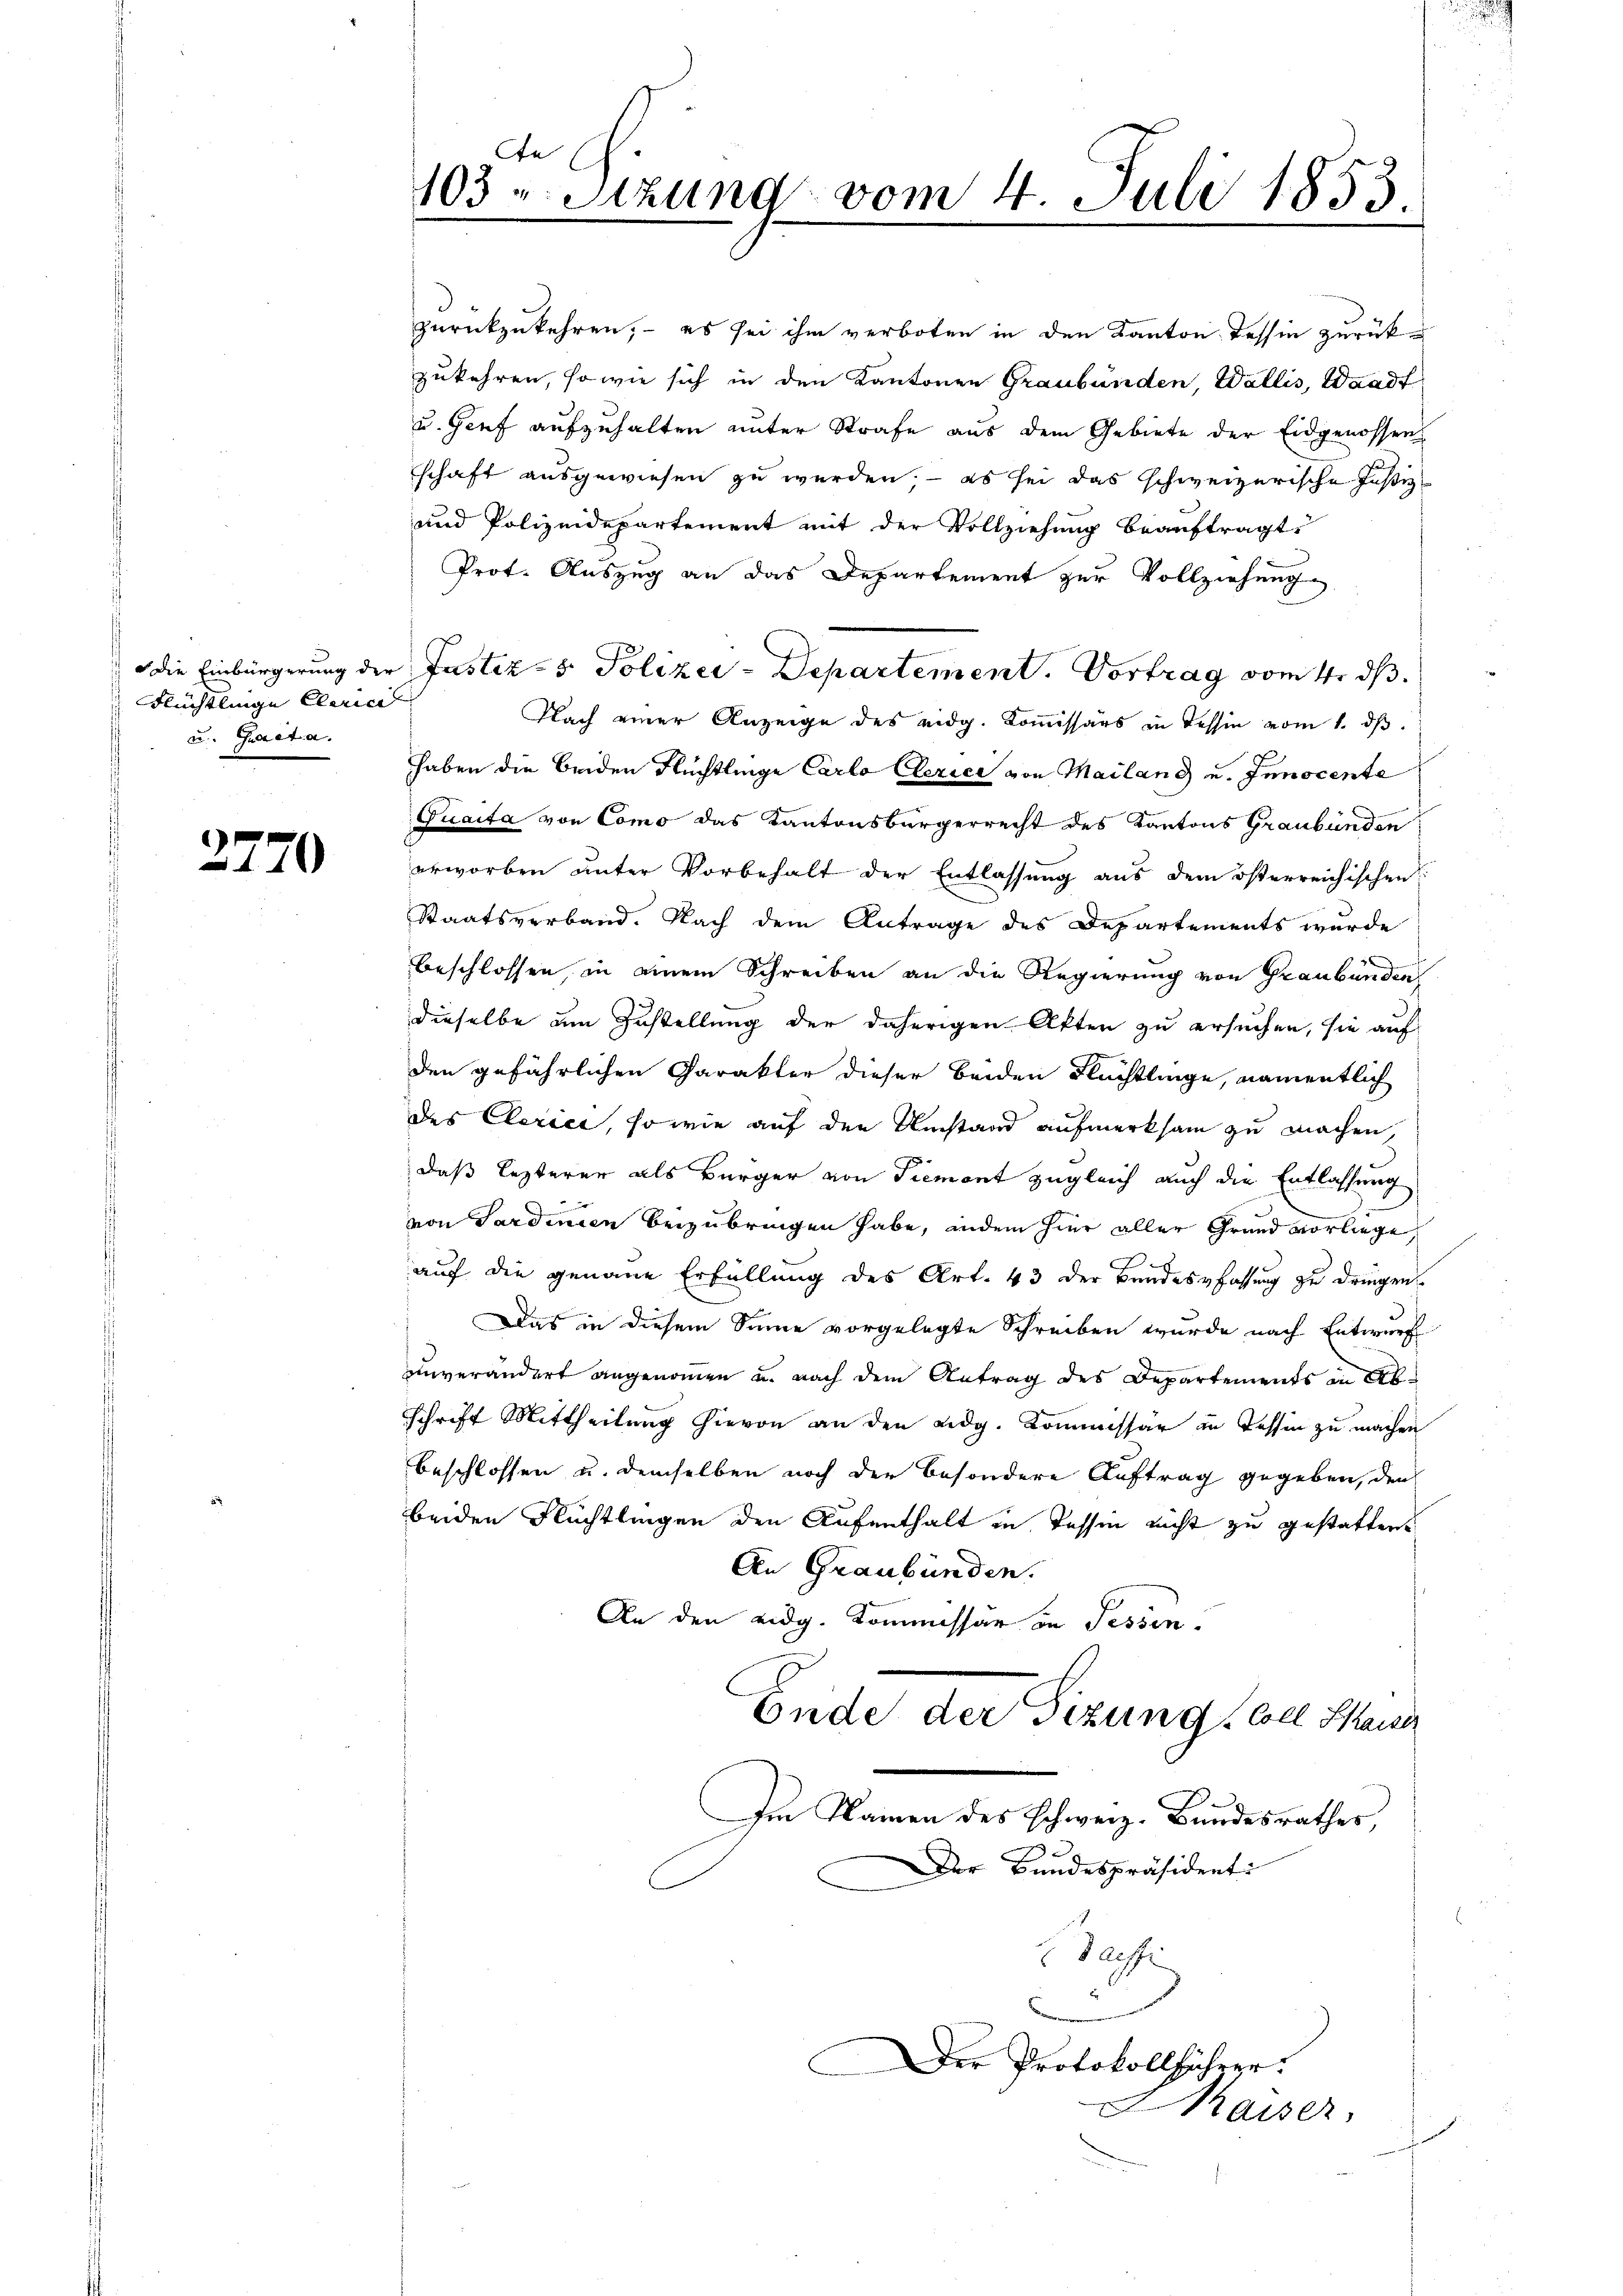
Flüchtlinge Clerici
u. Gaeta.

2770

An
103 u. Sitzung vom 4. Juli 1853.

zurückzukehren; – es sei ihm verboten in den Kanton Tessin zurückzukehren, so wie sich in den Kantonen Graubünden, Wallis, Waadt
u. Genf aufzuhalten unter Strafe aus dem Gebiete der Eidgenossen
schaft ausgewiesen zu werden, – es sei das schweizerische Justiz
und Polizeidepartement mit der Vollziehung beauftragt
Prot. Auszug an das Departement zur Vollziehung
 die Einbürgerung der Justiz- & Polizei - Separtement. Vortrag vom 4. ds.
Nach einer Anzeige des eidg. Kommissärs in Tessin vom 1. ds.
haben die beiden Flüchtlinge Carlo Clerice von Mailand u. Innocente
Quaita von Como das Kantonsbürgerrecht des Kantons Graubünden
erworben unter Vorbehalt der Entlassung aus dem österreichischen
Staatsverband. Nach dem Antrage des Departements wurde
beschlossen, in einem Schreiben an die Regierung von Graubünden,
dieselbe um Zustellung der daherigen Akten zu ersuchen, sie auf
den gefährlichen Charakter dieser beiden Flüchtlinge, namentlich
des Clerice, so wie auf den Umstand aufmerksam zu machen,
daß lezterer als Bürger von Piemont zugleich auch die Entlassung
von Sardinien beizubringen habe, indem hier aller Grund vorliege,
auf die genaue Erfüllung des Art. 43 der Bandesfassung zu dringen.
Das in diesem Sinne vorgelegte Schreiben wurde nach Entwurf
unverändert angenommen u. nach dem Antrag des Departements in Abschrift Mittheilung hievon an den Lidg. Kommissär in Tessin zu machen
beschlossen u. demselben noch der besondere Auftrag gegeben, den
beiden Flüchtlingen den Aufenthalt in Tessin nicht zu gestatten.
An Graubünden.
An den eidg. Kommissär in Fessen.
Ende der Sizung, Coll Sause
Im Namen des schweiz. Bundesrathes,
Der Bundespräsidenti
defe
Der Protokollführer.
J. Kaiser,